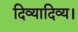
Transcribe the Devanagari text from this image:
दिव्यादिव्य।